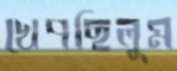
খেপছিলুম